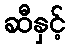
ဆီနှင့်